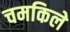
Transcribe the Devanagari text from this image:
चमकिले